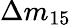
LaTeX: \Delta{m}_{15}